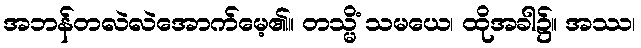
အဘန်တလဲလဲအောက်မေ့၏။ တသ္မိံ သမယေ၊ ထိုအခါ၌။ အဿ၊